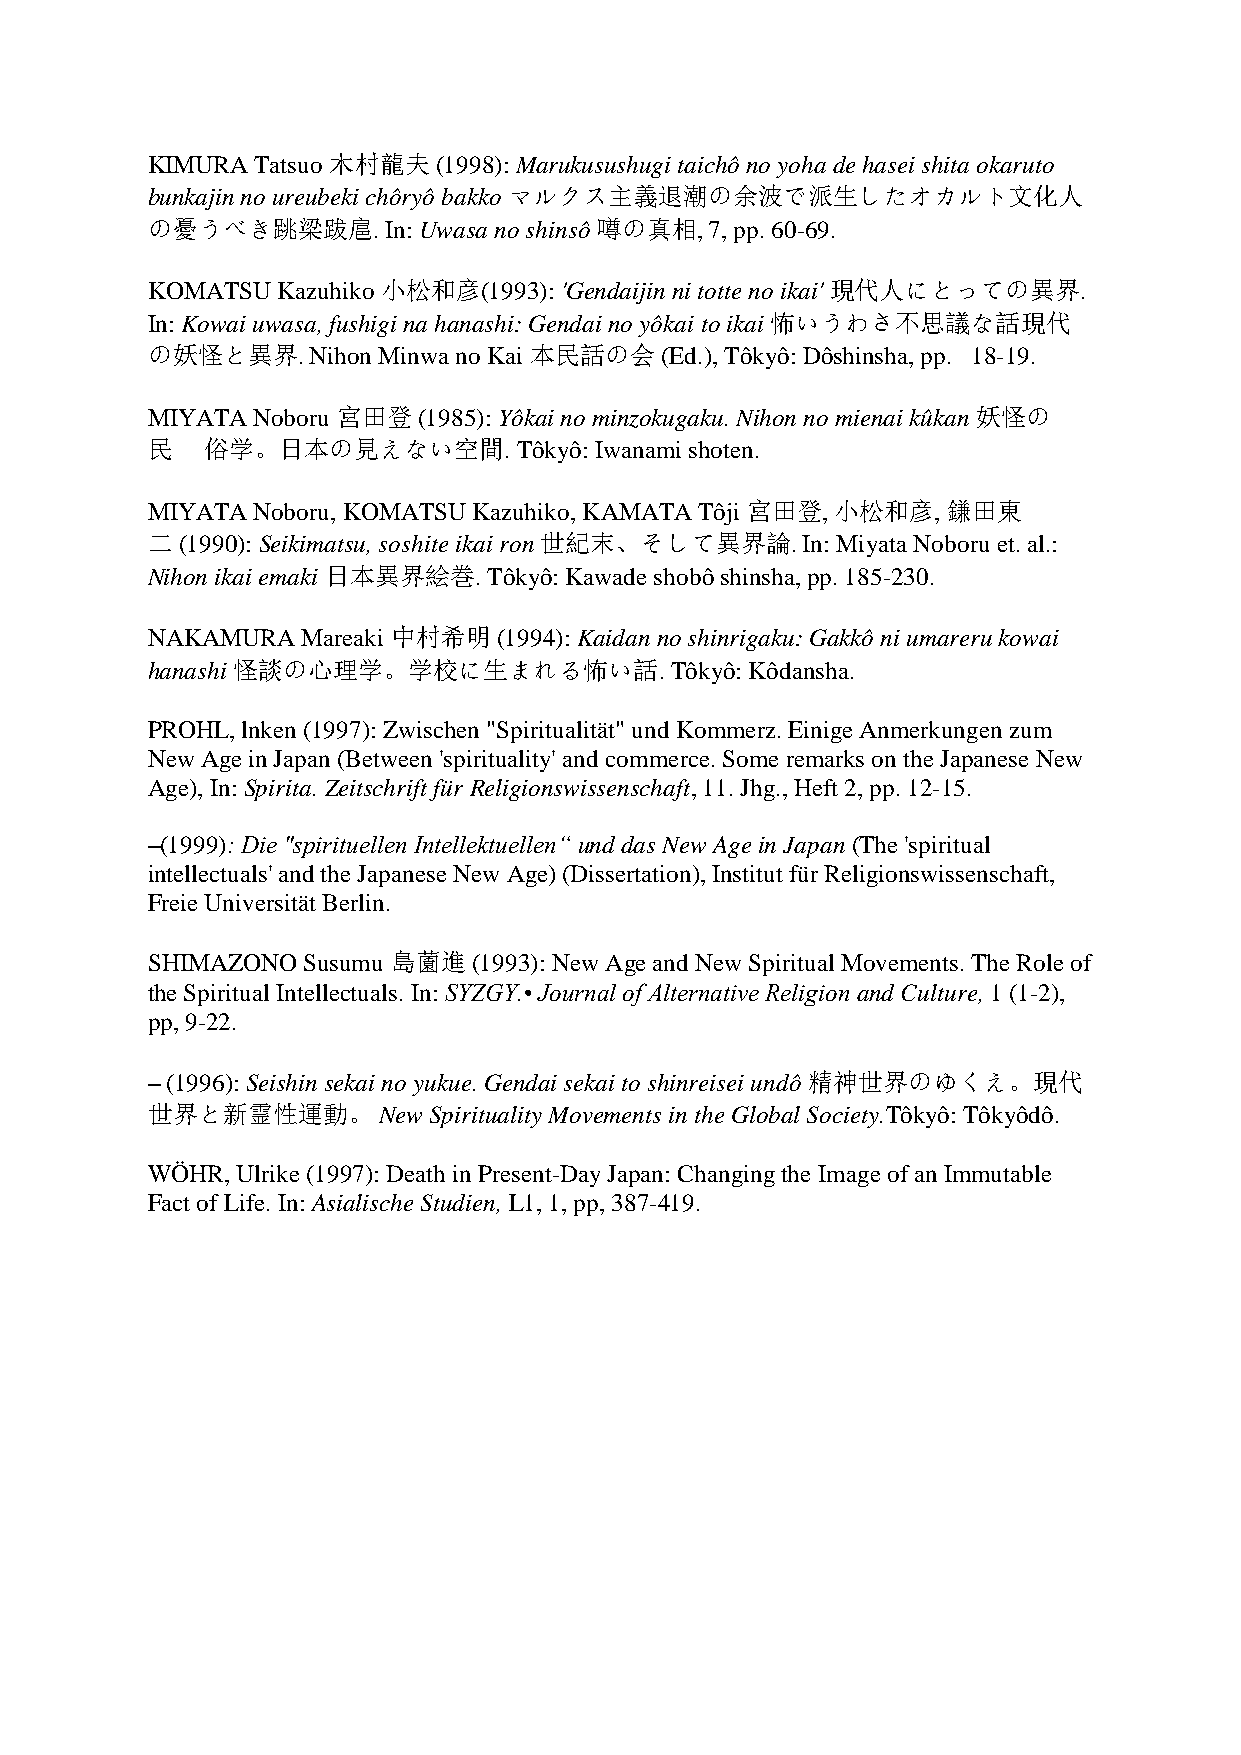
KIMURA Tatsuo 木村龍夫 (1998): Marukusushugi taichô no yoha de hasei shita okaruto
 bunkajin no ureubeki chôryô bakko マルクス主義退潮の余波で派生したオカルト文化人
 の憂うべき跳梁跋扈.      In: Uwasa no shinsô 噂の真相, 7, pp. 60-69.
 KOMATSU Kazuhiko 小松和彦(1993): 'Gendaijin ni totte no ikai' 現代人にとっての異界.
 In: Kowai uwasa, fushigi na hanashi: Gendai no yôkai to ikai 怖いうわさ不思議な話現代
 の妖怪と異界.    Nihon Minwa no Kai 本民話の会 (Ed.), Tôkyô: Dôshinsha, pp. 18-19.
 MIYATA Noboru 宮田登 (1985): Yôkai no minzokugaku. Nihon no mienai kûkan 妖怪の
 民  俗学。日本の見えない空間.        Tôkyô: Iwanami shoten.
 MIYATA Noboru, KOMATSU Kazuhiko, KAMATA Tôji 宮田登, 小松和彦, 鎌田東
 二 (1990): Seikimatsu, soshite ikai ron 世紀末、そして異界論. In: Miyata Noboru et. al.:
 Nihon ikai emaki 日本異界絵巻. Tôkyô: Kawade shobô shinsha, pp. 185-230.
 NAKAMURA  Mareaki 中村希明 (1994): Kaidan no shinrigaku: Gakkô ni umareru kowai
 hanashi 怪談の心理学。学校に生まれる怖い話.        Tôkyô: Kôdansha.
 PROHL, lnken (1997): Zwischen "Spiritualität" und Kommerz. Einige Anmerkungen zum
 New Age in Japan (Between 'spirituality' and commerce. Some remarks on the Japanese New
 Age), In: Spirita. Zeitschrift für Religionswissenschaft, 11. Jhg., Heft 2, pp. 12-15.
 –(1999): Die "spirituellen Intellektuellen“ und das New Age in Japan (The 'spiritual
 intellectuals' and the Japanese New Age) (Dissertation), Institut für Religionswissenschaft,
 Freie Universität Berlin.
 SHIMAZONO Susumu 島薗進 (1993): New Age and New Spiritual Movements. The Role of
 the Spiritual Intellectuals. In: SYZGY.• Journal of Alternative Religion and Culture, 1 (1-2),
 pp, 9-22.
 – (1996): Seishin sekai no yukue. Gendai sekai to shinreisei undô 精神世界のゆくえ。現代
 世界と新霊性運動。      New Spirituality Movements in the Global Society.Tôkyô: Tôkyôdô.
 WÖHR, Ulrike (1997): Death in Present-Day Japan: Changing the Image of an Immutable
 Fact of Life. In: Asialische Studien, L1, 1, pp, 387-419.